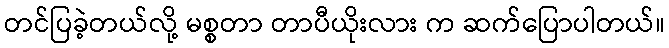
တင်ပြခဲ့တယ်လို့ မစ္စတာ တာပီယိုးလား က ဆက်ပြောပါတယ်။